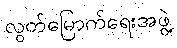
လွတ်မြောက်ရေးအဖွဲ့